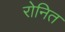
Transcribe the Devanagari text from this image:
रोनित